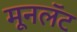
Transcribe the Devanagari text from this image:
मूनलॅट